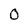
Character: 0